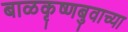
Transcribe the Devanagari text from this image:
बाळकृष्णबुवाच्या